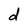
Character: d